Report on inoculation in the plague infected areas of the Punjab and its dependencies from October 1900 to September 1901
Year: 1900
Disease focus: Plague
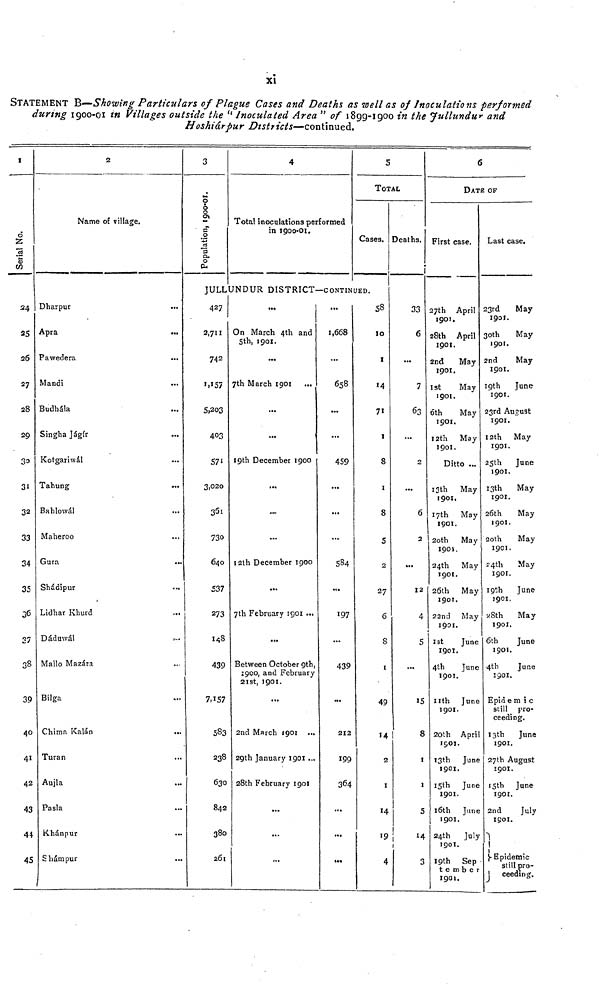
xi
STATEMENT B—Showing Particulars of Plague Cases and Deaths as well as of Inoculations performed
during 1900-01 in Villages outside the " Inoculated Area " of 1899-1900 in the Jullundur and
Hoshiárpur Districts—continued.
1
Serial No.
24
26
27
28
29
33
31
32
33
34
35
36
37
38
39
40
41
42
43
44
45
2
Name of village.
Dharpur
Apra
Pawedera
Mandi
Budhála
Singha Jágír
Kotgariwál
Tahung
Bahlowál
Maheroo
Gura
Shádipur
Lidhar Khurd
...
Dádawál
Mallo Mazára
Bilga
Chima Kalán
...
Turan
Aujla
Pasla
Khánpur
Shámpur
3
Population, 1899-1900.
4
Total inoculations performed
in 1900-01.
5
TOTAL
Cases.
JULLUNDUR DISTRICT—CONTINUED.
427
2,711
742
1,157
5,203
403
571
3,020
361
730
640
537
273
148
439
7,157
583
238
630
842
380
261
On March 4th and
5th, 1901.
7th March 1901
...
...
19th December 1900
...
...
12th December 1900
7th February 1901.
...
Between October 9th
1900, and February
21st, 1901.
...
2nd March 1901
29th January 1901
28th February 1901
...
...
...
1,668
...
658
...
...
459
...
...
584
...
197
...
439
...
212
199
364
...
...
58
10
1
«4
71
1
8
1
8
5
27
6
8
1
49
14
2
1
14
15
4
Deaths.
33
6
...
7
63
...
2
...
6
2
12
4
5
15
8
i
1
5
14
1
3
6
DATE OF
First case.
27th April
1901.
28th April
1901.
2nd
May
1901.
1st
May
1901.
6th
May
1901.
12th
May
1901.
Ditto ...
13th
May
1901.
17th May
1901.
1
2oth
May
1901.
24th
May
1901.
26th
May
1901.
22nd May
1901.
1st
June
1901.
4th
June
1901.
nth June
1901.
20th April
1501.
13th
June
1901.
15th
June
1901.
16th June
1901.
24th
July
1901.
19th Sep
tember
190t.
Last case.
23rd
May
1901.
30th
May
1901.
2nd
May
1901.
19th
June
1901.
23rd August
1901.
12th
May
1901.
25th
June
1901.
13th
May
1901.
26th
May
1901.
20th
May
1901.
24th
May
1901.
19th
June
1901.
28th
May
1901.
6th
June
1901.
4th
June
1901.
Epidemic
still pro-
ceeding.
13th
June
1901.
27th August
1901.
15th June
1901.
2nd
July
1901.
!
Epidemic
still pro-
ceeding.